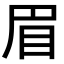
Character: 眉